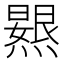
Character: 𭶐